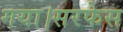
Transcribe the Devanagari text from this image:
गया।सरफेस